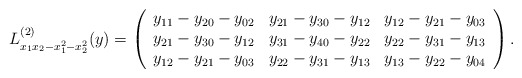
\begin{align*}L_{x_1x_2-x_1^2-x_2^2}^{(2)}(y) = \left(\begin{array}{rcc}y_{11}-y_{20}-y_{02} & y_{21}-y_{30}-y_{12} & y_{12}-y_{21}-y_{03} \\y_{21}-y_{30}-y_{12} & y_{31}-y_{40}-y_{22} & y_{22}-y_{31}-y_{13} \\y_{12}-y_{21}-y_{03} & y_{22}-y_{31}-y_{13} & y_{13}-y_{22}-y_{04} \\\end{array}\right).\end{align*}